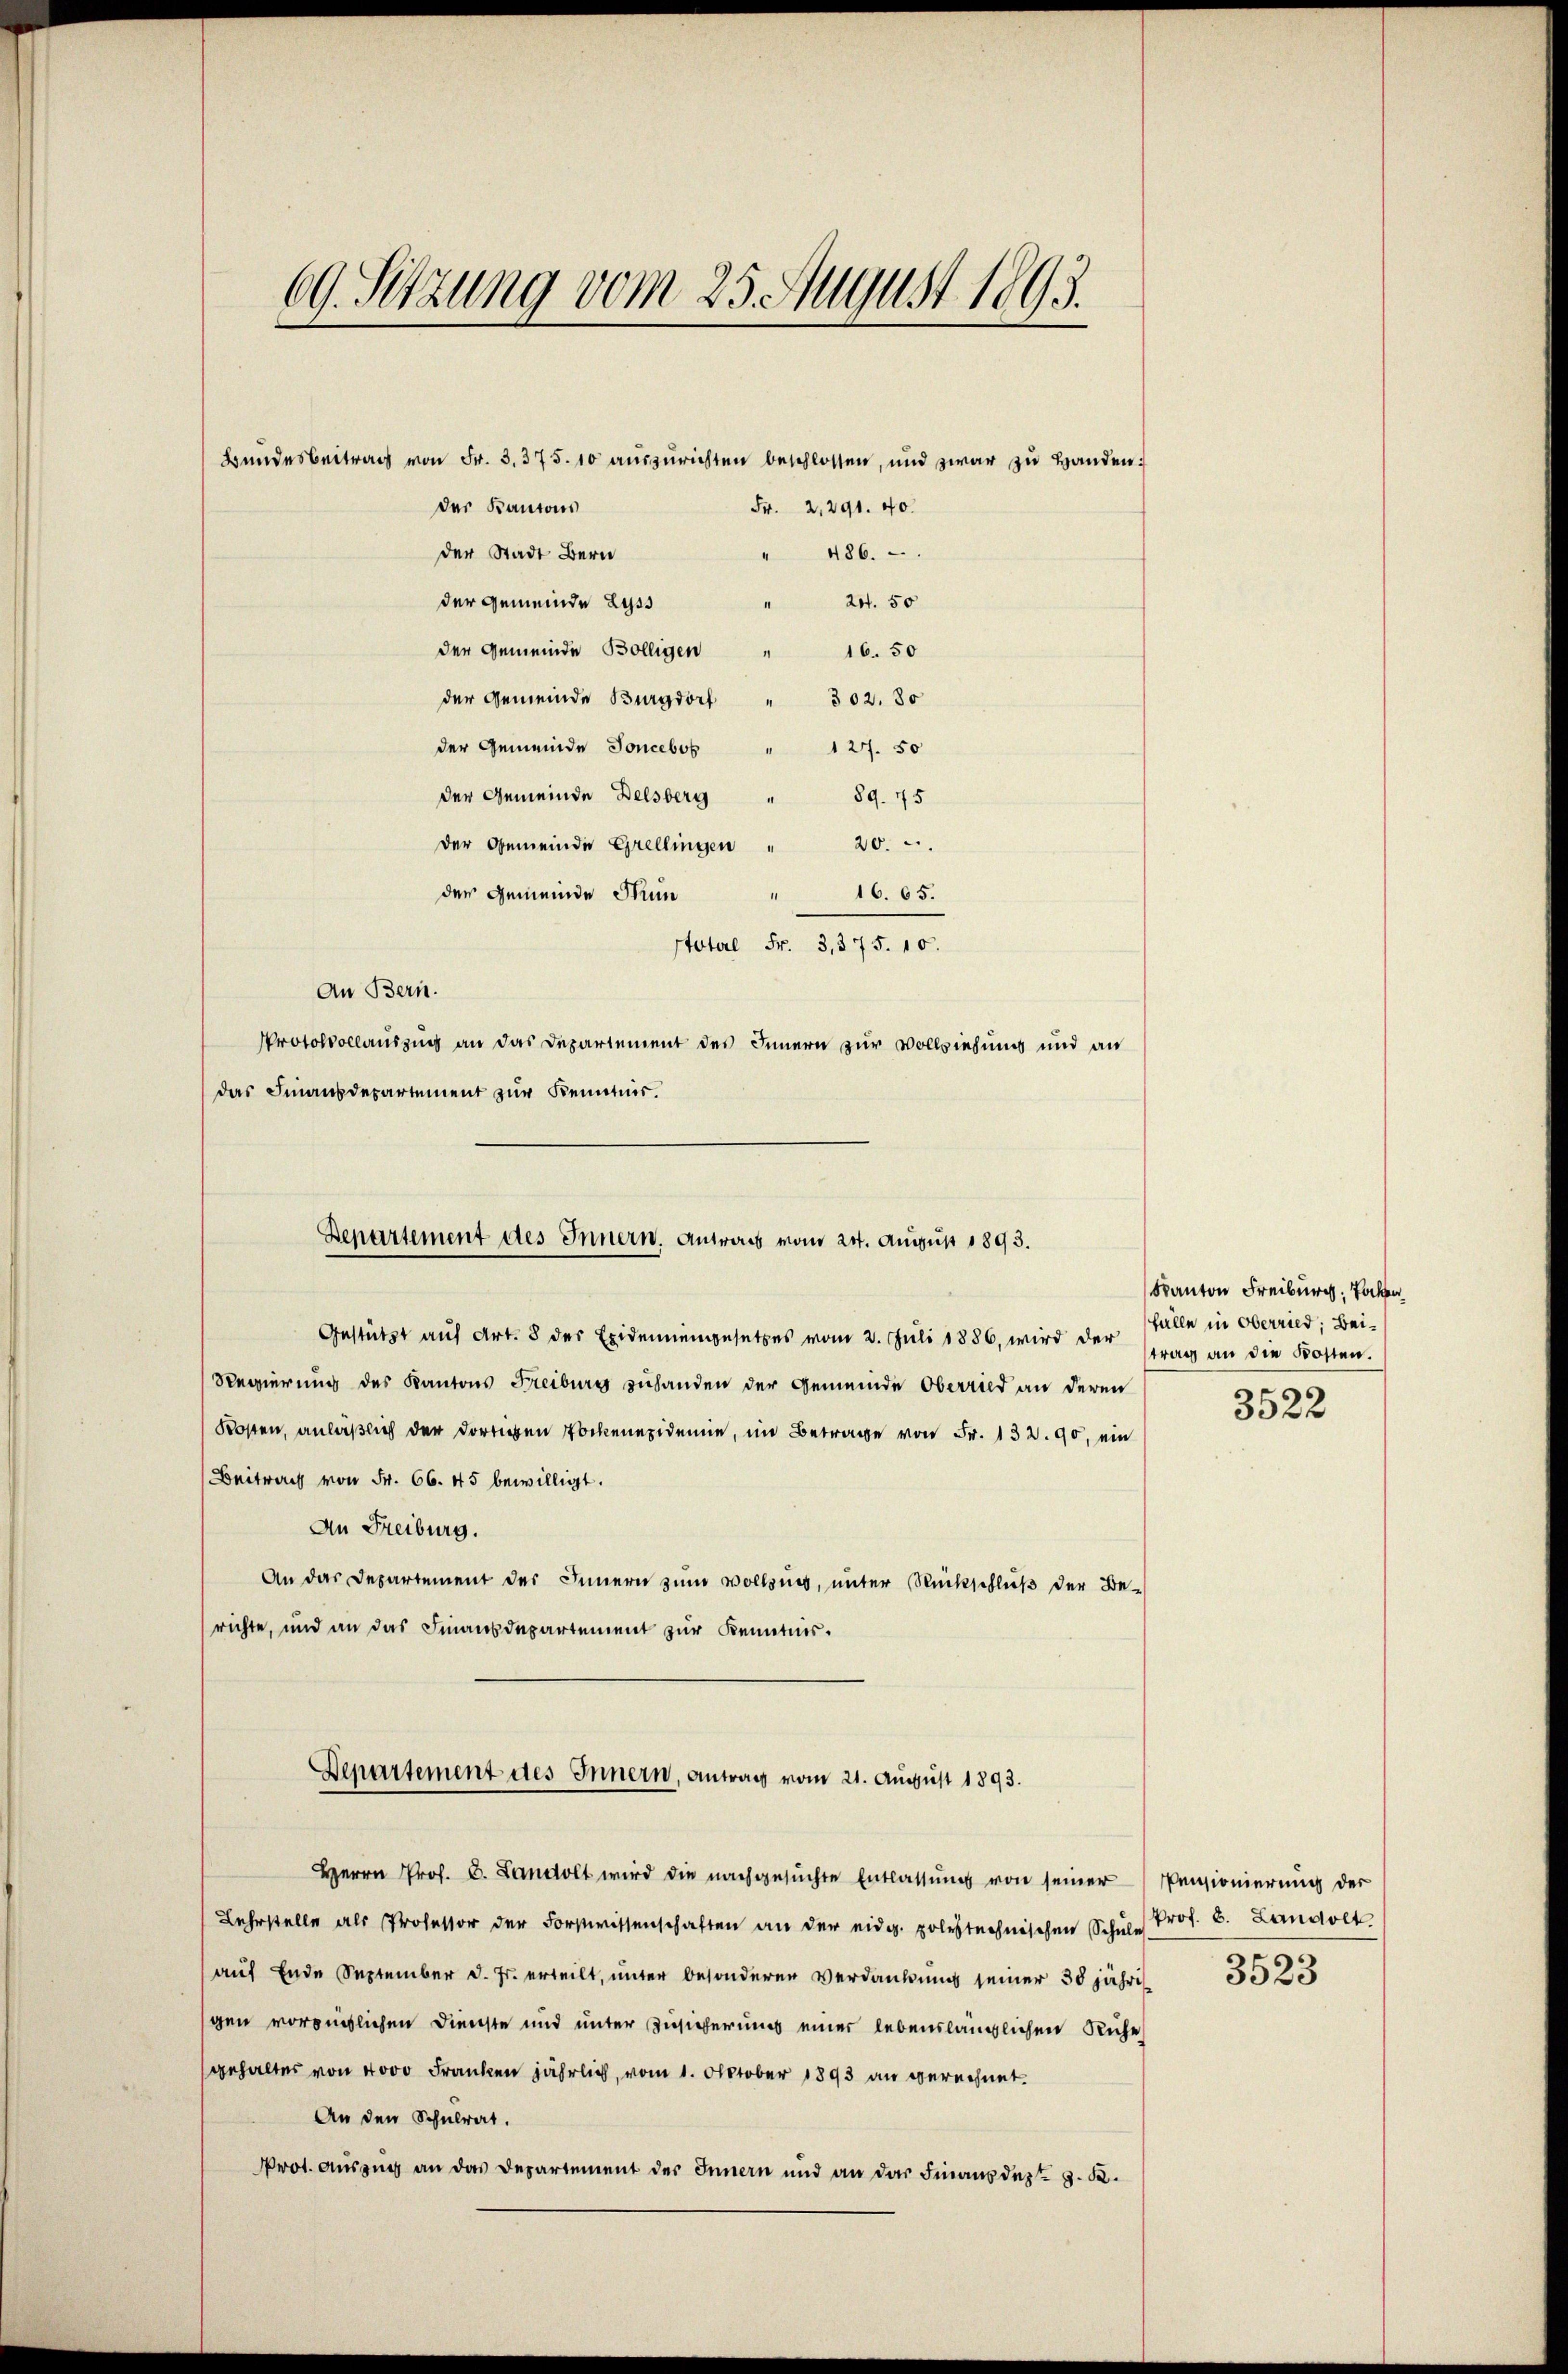
69. Sitzung vom 25. August 1893.

der Kantons
der Stadt Bern
" 486.
der Gemeinde Lyss " 241. 50
der Gemeinde Bölligen " 16. 50
der Gemeinde Burgdorf " 302. 80
der Gemeinde Joncebos
127. 50
der Gemeinde Delsberg
89. 175
der Gemeinde Grellingen " 20.
der Gemeinde Mun
16. 65.
1
Stotel Fr. 3, 375. 10.
An Bern.
Protokollauszug an das Departement des Innern zur Vollziehung und an
das Finanzdepartement zur Kenntnis.

Bundesbeitrag von Fr. 3. 375. 10 auszurichten beschlossen, und zwar zu Handen:
Fr. 2,291. 40.

Departement des Innern. Antrais vom 24. August 1893.

Gestützt auf Art. 8 des Exidemiengesetzes vom 2. Juli 1886, wird der ftrag an die Kosten.
Regierung des Kantons Freiburg zuhanden der Gemeinde Oberried an deren
Kosten, anläßlich der dortigen Pockenepidemie, im Betrage von Fr. 132. 90, ein
Beitrag von Fr. 66. 45 bewilligt.
An Freiburg.
An das Departement des Innern zum Vollzung, unter Rückschluß der Be-
richte, und an das Finanzdepartement zur Kenntnis.
Departement des Innern, Antrag vom 21. August 1893.
Herrn Prof. C. Landolt wird die nachgesŭchte Entlassŭng von seiner Pensionierung der
Lehrstelle als Professor der Forstwissenschaften an der eidg. polestechnischen Schŭle Prof. B. Landolt
auf Ende September d. Js. erteilt, unter besonderen Verdankung seiner 30 jähris
gen vorzüglichen Dienste und unter Zusicherung einer lebenslänglichen Ruhe
gehaltes von 4000 Franken jährlich, vom 1. Oktober 1893 an gerechnet.
An den Schulrat.
rot. Auszug an das Departement des Innern und an das Finanzdept d. R.

Kanton Freiburg, Tochten,
Fälle in Oberried; Bei¬

3522

3523